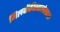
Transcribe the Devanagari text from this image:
मिलवॉकीखालोखाल